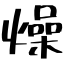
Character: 燥